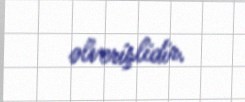
əlverişlidir.